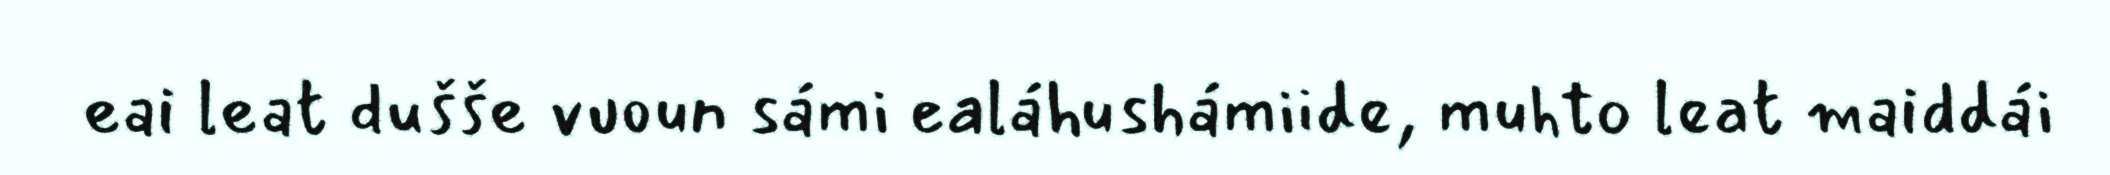
eai leat dušše vuoun sámi ealáhushámiide, muhto leat maiddái